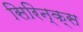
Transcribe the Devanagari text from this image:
सिरिन्क्स